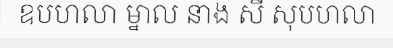
ឧបហលា ម្នាល នាង សី សុបហលា